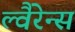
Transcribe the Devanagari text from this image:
ल्वैरेन्स